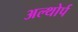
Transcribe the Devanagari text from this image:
अल्थोर्प